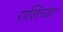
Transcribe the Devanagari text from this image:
राशिच्या